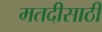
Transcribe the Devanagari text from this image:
मतदीसाठी